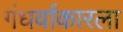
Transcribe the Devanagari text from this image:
गंधर्वाकारला